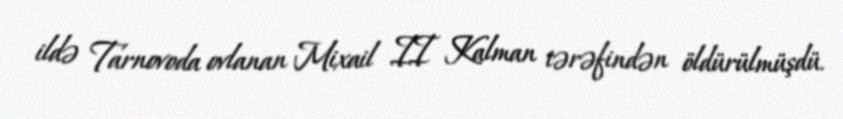
ildə Tarnovoda ovlanan Mixail II Kalman tərəfindən öldürülmüşdü.